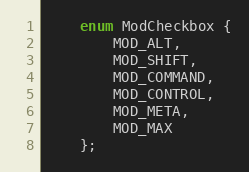
Language: C
	enum ModCheckbox {
		MOD_ALT,
		MOD_SHIFT,
		MOD_COMMAND,
		MOD_CONTROL,
		MOD_META,
		MOD_MAX
	};